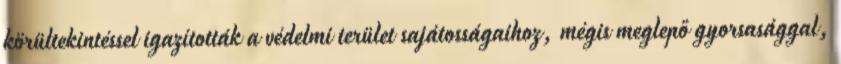
körültekintéssel igazították a védelmi terület sajátosságaihoz, mégis meglepő gyorsasággal,